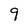
Character: 9